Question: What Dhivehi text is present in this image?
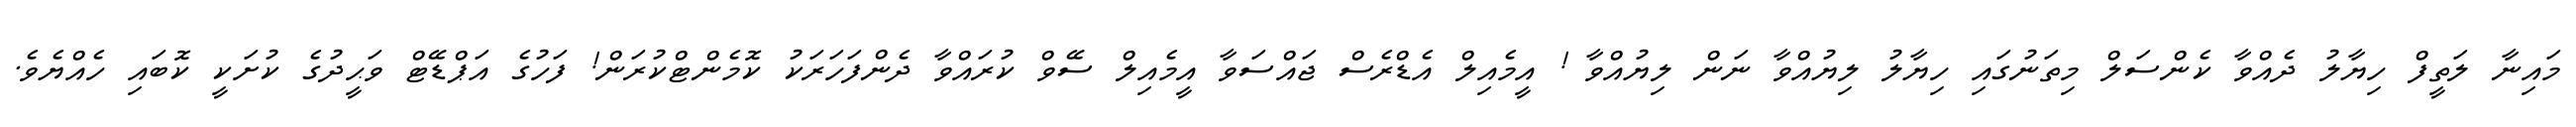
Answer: މައިނާ ލަތީފް ހިޔާލު ދެއްވާ ކެންސަލް މިތަނުގައި ހިޔާލު ލިޔުއްވާ ނަން ލިޔުއްވާ ! އީމެއިލް އެޑްރެސް ޖައްސަވާ އީމެއިލް ސޭވް ކުރައްވާ ދެންފަހަރަކު ކޮމެންޓްކުރަން! ފަހުގެ އަޕްޑޭޓް ވަޙީދުގެ ކުށަކީ ކޮބައި ހެއްޔެވެ.